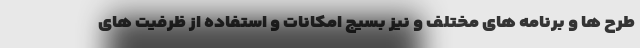
طرح ها و برنامه های مختلف و نیز بسیج امکانات و استفاده از ظرفیت های